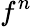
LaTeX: f^{n}